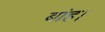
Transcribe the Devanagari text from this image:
बांह।